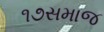
૧૭સમાજ